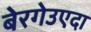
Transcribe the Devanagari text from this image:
बेरगेउएदा